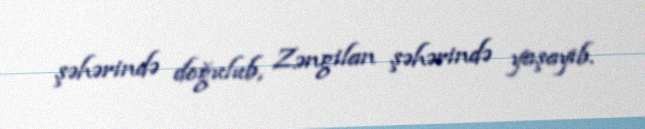
şəhərində doğulub, Zəngilan şəhərində yaşayıb.